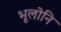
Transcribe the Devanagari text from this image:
भूलोनि